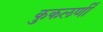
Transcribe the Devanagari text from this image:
कुकलर्णी